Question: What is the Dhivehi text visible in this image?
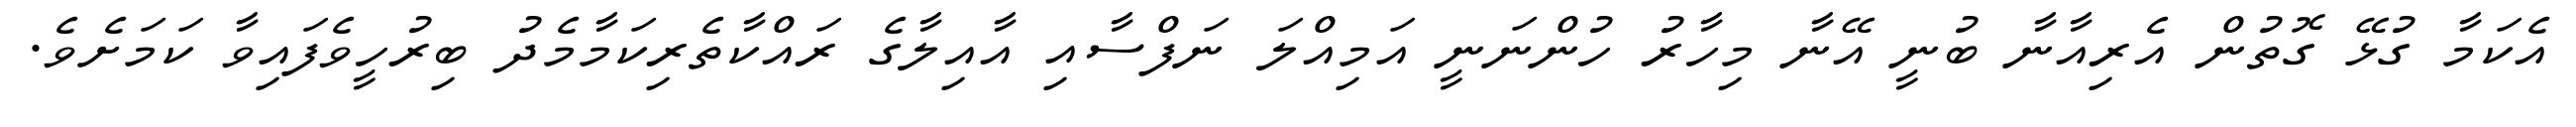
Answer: އެކަމާ ގުޅޭ ގޮތުން އެރިއާނާ ބުނީ އޭނާ މިހާރު ހުންނަނީ އަމިއްލަ ނަފްސާއި އާއިލާގެ ރައްކާތެރިކަމާމެދު ބިރުހީވެފައިވާ ކަމަށެވެ.